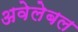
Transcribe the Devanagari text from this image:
अवेलेबल